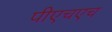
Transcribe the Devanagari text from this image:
पीएचएच